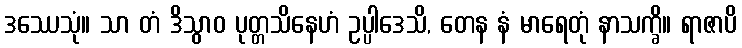
ဒဿေသုံ။ သာ တံ ဒိသွာဝ ပုတ္တသိနေဟံ ဥပ္ပါဒေသိ, တေန နံ မာရေတုံ နာသက္ခိ။ ရာဇာပိ